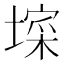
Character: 𭏧